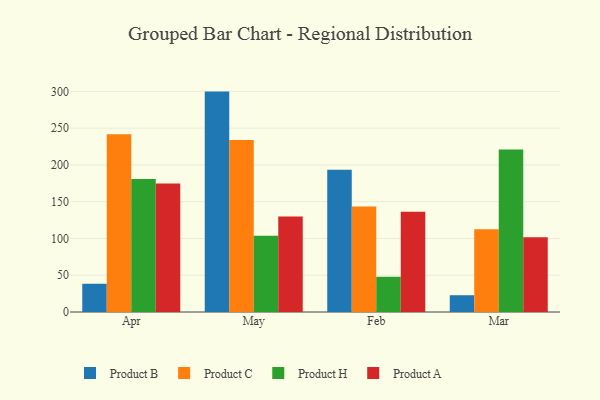
{"axis": {"x": "Month", "y": "Churn Rate (%)"}, "legend": ["Product A", "Product B", "Product C", "Product H"], "data": [{"x": "Apr", "y": 38.4, "type": "Product B"}, {"x": "Apr", "y": 241.6, "type": "Product C"}, {"x": "Apr", "y": 180.9, "type": "Product H"}, {"x": "Apr", "y": 174.7, "type": "Product A"}, {"x": "May", "y": 299.7, "type": "Product B"}, {"x": "May", "y": 233.9, "type": "Product C"}, {"x": "May", "y": 103.6, "type": "Product H"}, {"x": "May", "y": 129.9, "type": "Product A"}, {"x": "Feb", "y": 193.4, "type": "Product B"}, {"x": "Feb", "y": 143.6, "type": "Product C"}, {"x": "Feb", "y": 47.9, "type": "Product H"}, {"x": "Feb", "y": 136.2, "type": "Product A"}, {"x": "Mar", "y": 22.8, "type": "Product B"}, {"x": "Mar", "y": 112.5, "type": "Product C"}, {"x": "Mar", "y": 221.1, "type": "Product H"}, {"x": "Mar", "y": 101.6, "type": "Product A"}]}